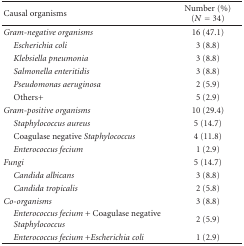
<table><thead><tr><td><b>Causal organisms</b></td><td><b>Number (%) (<i>N</i> = 34)</b></td></tr></thead><tbody><tr><td><i>Gram-negative organisms</i></td><td>16 (47.1)</td></tr><tr><td><i> Escherichia coli</i></td><td>3 (8.8)</td></tr><tr><td><i> Klebsiella pneumonia</i></td><td>3 (8.8)</td></tr><tr><td><i> Salmonella enteritidis</i></td><td>3 (8.8)</td></tr><tr><td><i> Pseudomonas aeruginosa</i></td><td>2 (5.9)</td></tr><tr><td> Others+</td><td>5 (2.9)</td></tr><tr><td><i>Gram-positive organisms</i></td><td>10 (29.4)</td></tr><tr><td> <i>Staphylococcus aureus </i></td><td>5 (14.7)</td></tr><tr><td> Coagulase negative <i>Staphylococcus </i></td><td>4 (11.8)</td></tr><tr><td> <i>Enterococcus fecium </i></td><td>1 (2.9)</td></tr><tr><td><i>Fungi</i></td><td>5 (14.7)</td></tr><tr><td><i> Candida albicans</i></td><td>3 (8.8)</td></tr><tr><td><i> Candida tropicalis</i></td><td>2 (5.8)</td></tr><tr><td><i>Co-organisms</i></td><td>3 (8.8)</td></tr><tr><td> <i>Enterococcus fecium </i> + Coagulase negative<i>Staphylococcus </i></td><td>2 (5.9)</td></tr><tr><td> <i>Enterococcus fecium </i> + <i>Escherichia coli </i></td><td>1 (2.9)</td></tr></tbody></table>